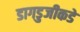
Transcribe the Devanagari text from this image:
डागडुजीकडे